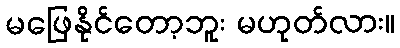
မဖြေနိုင်တော့ဘူး မဟုတ်လား။